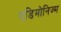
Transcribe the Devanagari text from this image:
एडिमोनिज्म